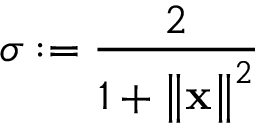
\sigma : = \frac { 2 } { 1 + \left\Vert \mathbf { x } \right\Vert ^ { 2 } }